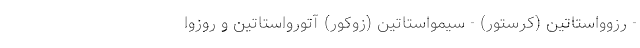
- رزوواستاتین (کرستور) - سیمواستاتین (زوکور) آتورواستاتین و روزوا